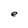
Character: e